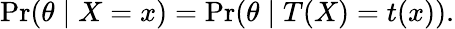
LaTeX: \operatorname*{Pr}(\theta\mid X=x)=\operatorname*{Pr}(\theta\mid T(X)=t(x)).